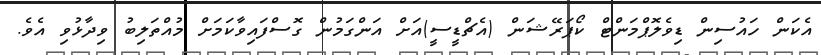
އެކަން ހައުސިން ޑިވެލޮޕްމަންޓް ކޯޕަރޭޝަން (އެޗްޑީސީ)އަށް އަންގަމުން ގޮސްފައިވާކަމަށް މުއްތަލިބު ވިދާޅުވި އެވެ.